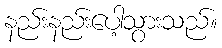
နည်းနည်းပေါ့သွားသည်။